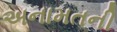
અનામતની